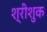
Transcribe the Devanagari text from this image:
श्रीशुक